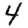
Digit: 4